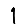
Digit: 1